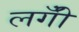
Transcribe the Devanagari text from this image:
लगीँ